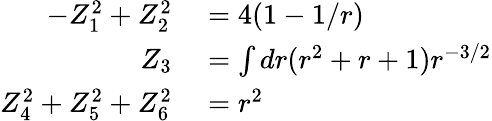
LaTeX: \begin{array}{rl}{-Z_{1}^{2}+Z_{2}^{2}}&{{}=4(1-1/r)}\\ {Z_{3}}&{{}=\int dr(r^{2}+r+1)r^{-3/2}}\\ {Z_{4}^{2}+Z_{5}^{2}+Z_{6}^{2}}&{{}=r^{2}}\end{array}